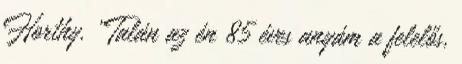
Horthy. „Talán az én 85 éves anyám a felelős,